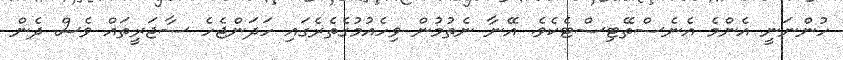
ހުންނަނީ އެންމެ އެނެސްތޭޓިސްޓެކެވެ. އޭނާ ނެތުމުން ވިހެއުމުގެތެރެގައި ހަދަންޖެހެ ސާޖަރީތައް ވެސް ދެން